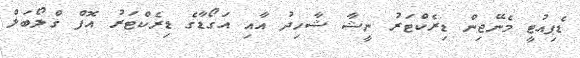
ޑެޕިއުޓީ މެނޭޖިން ޑިރެކްޓަރު ނީޝާ ޝާހިދު އާއި އަގޯޑާގެ ޑިރެކްޓަރު އޮފް ގްލޯބަލް